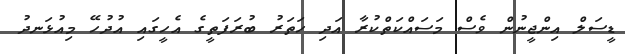
ޑީސަލް އިންޖީނުން ވެސް މަސައްކަތްކުރާ އަދި ހަތަރު ބުރަފަތީގެ އެހީގައި އުދުހޭ މިއުޅަނދު